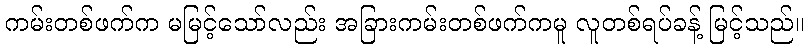
ကမ်းတစ်ဖက်က မမြင့်သော်လည်း အခြားကမ်းတစ်ဖက်ကမူ လူတစ်ရပ်ခန့် မြင့်သည်။